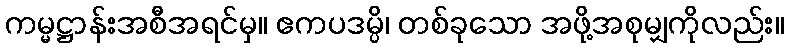
ကမ္မဋ္ဌာန်းအစီအရင်မှ။ ဧကပဒမ္ပိ၊ တစ်ခုသော အဖို့အစုမျှကိုလည်း။